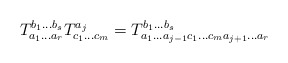
\begin{align*}T_{a_1 \ldots a_r}^{b_1 \ldots b_s}T_{c_1 \ldots c_m}^{a_j} = T_{a_1 \ldots a_{j-1} c_1 \ldots c_m a_{j+1} \ldots a_r}^{b_1 \ldots b_s}\end{align*}